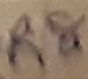
Text: R8